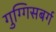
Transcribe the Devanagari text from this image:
गुग्गिसबर्ग